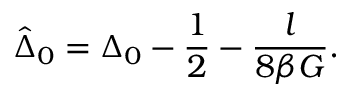
\hat { \Delta } _ { 0 } = \Delta _ { 0 } - \frac { 1 } { 2 } - \frac { l } { 8 \beta G } .